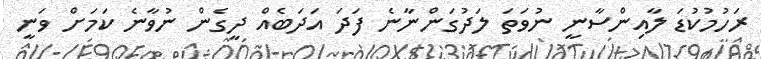
ރަހުމުކުޑަ ލާއިންސާނީ ނުވަތަ ލަދުގަންނާނެ ފަދަ އަދަބެއް ދީގެން ނުވާނެ ކަމަށް ވަނީ